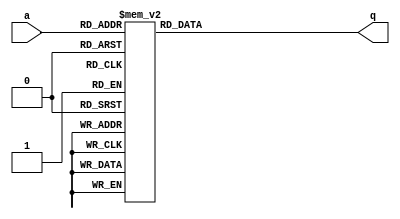
module c64x8(
	output reg [7:0]q,
	input  wire [5:0]a

);						
always @*
begin
	case(a)	


	6'h00: q = 8'h3;//h2;	
	6'h01: q = 8'h2;//h8;
	6'h02: q = 8'h2;//h2;
	6'h03: q = 8'h8;//h8;
	6'h04: q = 8'h2;//h0;
	6'h05: q = 8'h8;//hf;
	6'h06: q = 8'h0;//h0;
	6'h07: q = 8'hf;//hf;
	6'h08: q = 8'h14;//0
	6'h09: q = 8'h1d;//4
	6'h0a: q = 8'h16;
	6'h0b: q = 8'h11;
	6'h0c: q = 8'h17;
	6'h0d: q = 8'h12;
	6'h0e: q = 8'h17;
	6'h0f: q = 8'h13;			
	6'h10: q = 8'h16;
	6'h11: q = 8'h1f;	
	6'h12: q = 8'h16;
	6'h13: q = 8'h18;
	6'h14: q = 8'h16;	
	6'h15: q = 8'h1f;
	6'h16: q = 8'h16;
	6'h17: q = 8'h14;
	6'h18: q = 8'hc;
	6'h19: q = 8'h0; 
	6'h1a: q = 8'h13;	
	6'h1b: q = 8'h11;
	6'h1c: q = 8'h13;
	6'h1d: q = 8'h12;
	6'h1e: q = 8'h13;	
	6'h1f: q = 8'h1a; 
	6'h20: q = 8'h13; 
	6'h21: q = 8'h13;	
	6'h22: q = 8'h13;
	6'h23: q = 8'h14;
	6'h24: q = 8'h13;
	6'h25: q = 8'h1a;
	6'h26: q = 8'h13;
	6'h27: q = 8'h15;
	6'h28: q = 8'h13;
	6'h29: q = 8'h16;
	6'h2a: q = 8'h12;
	6'h2b: q = 8'h10;
	6'h2c: q = 8'h15;
	6'h2d: q = 8'h17;
	6'h2e: q = 8'h16;
	6'h2f: q = 8'h1f;
	6'h30: q = 8'h12;
	6'h31: q = 8'h17;	
	6'h32: q = 8'h16;
	6'h33: q = 8'h1c;
	6'h34: q = 8'h16;
	6'h35: q = 8'h14;
	6'h36: q = 8'h14;
	6'h37: q = 8'h18;
	6'h38: q = 8'h16;
	6'h39: q = 8'h15;
	6'h3a: q = 8'h16;
	6'h3b: q = 8'h1c;
	6'h3c: q = 8'h16;
	6'h3d: q = 8'h1c;
	6'h3e: q = 8'hc;
	6'h3f: q = 8'h0;
	endcase
end
	
endmodule